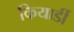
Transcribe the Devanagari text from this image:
कियार्डी